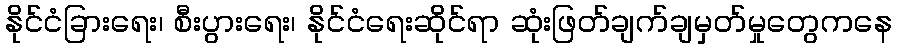
နိုင်ငံခြားရေး၊ စီးပွားရေး၊ နိုင်ငံရေးဆိုင်ရာ ဆုံးဖြတ်ချက်ချမှတ်မှုတွေကနေ